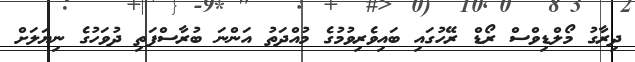
ދިރާގު މޯލްޑިވްސް ރޯޑް ރޭހުގައި ބައިވެރިވުމުގެ މުއްދަތު އަންނަ ބުރާސްފަތި ދުވަހުގެ ނިޔަލަށް